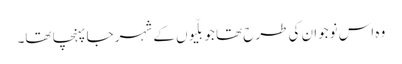
وہ اس نوجوان کی طرح تھا جو بلّیوں کے شہر جا پہنچا تھا۔